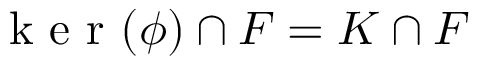
\mathrm { ~ k ~ e ~ r ~ } ( \phi ) \cap F = K \cap F